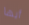
أيها